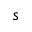
s